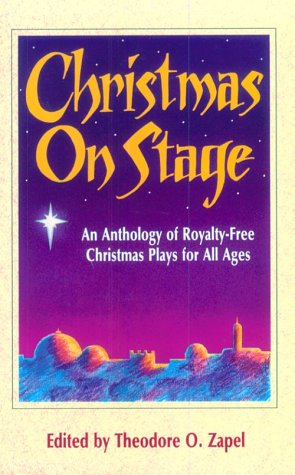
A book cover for Christmas on Stage: An Anthology of Royalty-Free Christmas Plays for All Ages; Theodore O. Zapel; Literature & Fiction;